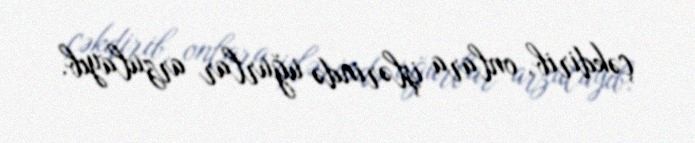
çəkdirib, onlara işlərində uğurlar arzulayıb.